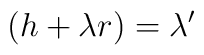
(h + \lambda r) = \lambda '